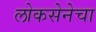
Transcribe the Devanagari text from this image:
लोकसेनेचा